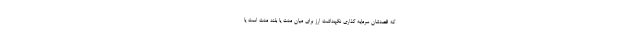
که قصدشان سرمایه گذاری نگهداشت ارز برای میان مدت یا بلند مدت است یا